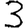
Digit: 3